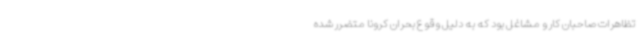
تظاهرات صاحبان کار و مشاغل بود که به دلیل وقوع بحران کرونا متضرر شده